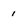
Character: 1